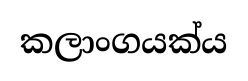
කලාංගයක්ය